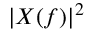
| X ( f ) | ^ { 2 }